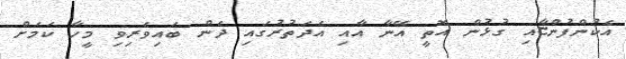
އެކުންފުންޏާއި ގުޅުން އޮތީ އޭނާ އާއި އެދަތުރުގައި ދެން ބައިވެރިވި މީހާ ކަމަށް